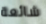
شائعة